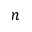
n